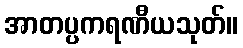
အာတပ္ပကရဏီယသုတ်။